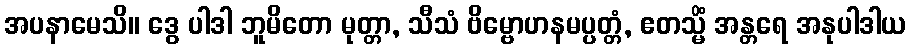
အပနာမေသိ။ ဒွေ ပါဒါ ဘူမိတော မုတ္တာ, သီသံ ဗိမ္ဗောဟနမပ္ပတ္တံ, ဧတသ္မိံ အန္တရေ အနုပါဒါယ